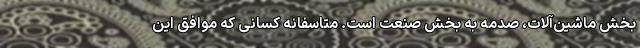
بخش ماشین‌آلات، صدمه به بخش صنعت است. متاسفانه کسانی که موافق این